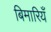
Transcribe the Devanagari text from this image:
बिमारियँ